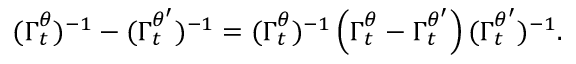
( \boldsymbol { \Gamma } _ { t } ^ { \theta } ) ^ { - 1 } - ( \boldsymbol { \Gamma } _ { t } ^ { \theta ^ { \prime } } ) ^ { - 1 } = ( \boldsymbol { \Gamma } _ { t } ^ { \theta } ) ^ { - 1 } \left( \boldsymbol { \Gamma } _ { t } ^ { \theta } - \boldsymbol { \Gamma } _ { t } ^ { \theta ^ { \prime } } \right) ( \boldsymbol { \Gamma } _ { t } ^ { \theta ^ { \prime } } ) ^ { - 1 } .